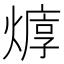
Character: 𱬉